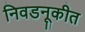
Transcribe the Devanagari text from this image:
निवडनूकीत